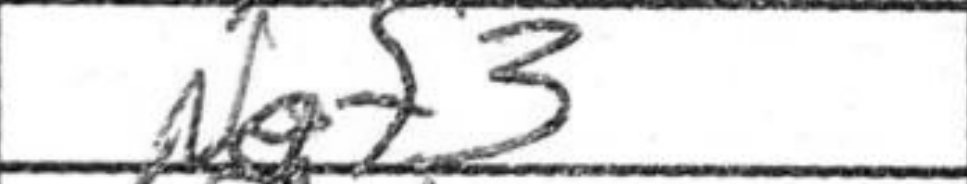
Transcription: Ngf3